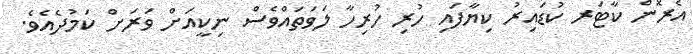
އެރޮން ކާޓަރ ކުޑައިރު ކިޔާފައި ހުރި ހުރިހާ ލަވަތައްވެސް ނިކީއަށް ވަރަށް ކަމުދެއެވެ.